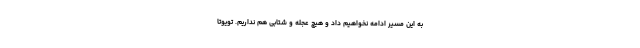
به این مسیر ادامه نخواهیم داد و هیچ عجله و شتابی هم نداریم. تویوتا